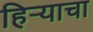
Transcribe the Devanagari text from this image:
हिर्‍याचा